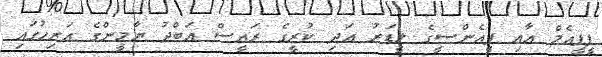
ޕީޕީއެމް އާއި ޕީއެންސީގެ ލީޑަރު އަދި ކުރީގެ ރައީސް އަބްދު ޔާމީންގެ އަރިހުގައި